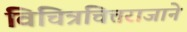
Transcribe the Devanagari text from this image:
विचित्रचित्तराजाने